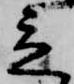
立